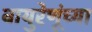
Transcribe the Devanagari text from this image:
वायुरेणूंच्या